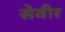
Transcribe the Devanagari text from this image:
सेवीर